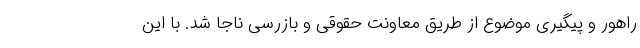
راهور و پیگیری موضوع از طریق معاونت حقوقی و بازرسی ناجا شد. با این